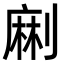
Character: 𠞥